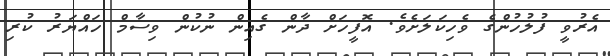
އެރުވީ ފުލުހުންގެ ވެހިކަލަށެވެ. އޮފީހަށް ދާން ގެއިން ނުކުން ވިސާމް ހައްޔަރު ކުރި